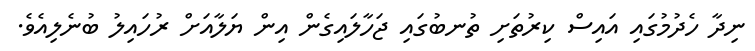
ނިދާ ހެދުމުގައި އައިސް ކިރުތަށި ތުނބުގައި ޖަހާލައިގެން އިން ޔަލާއަށް ރުހައިލު ބުނެލިއެވެ.